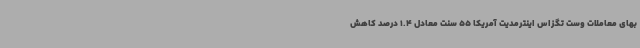
بهای معاملات وست تگزاس اینترمدیت آمریکا 55 سنت معادل 1.4 درصد کاهش